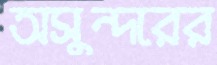
অসুন্দরের